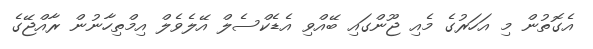
އެގޮތުން މި އަހަރުގެ މެއި ޖޫންގައި ބޭއްވި އެޑެކްސެލް އޭލެވެލް އިމްތިހާނުން ރާއްޖޭގެ